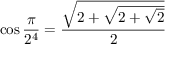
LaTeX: \cos { \frac { \pi } { 2 ^ { 4 } } } = { \frac { \sqrt { 2 + { \sqrt { 2 + { \sqrt { 2 } } } } } } { 2 } }